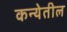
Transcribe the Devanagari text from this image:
कन्येतील